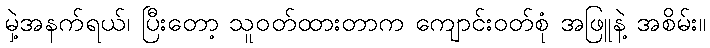
မှဲ့အနက်ရယ်၊ ပြီးတော့ သူဝတ်ထားတာက ကျောင်းဝတ်စုံ အဖြူနဲ့ အစိမ်း။